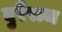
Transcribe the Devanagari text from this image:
दुरैराज